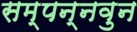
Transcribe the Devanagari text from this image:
सम्पन्नवुन